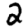
Digit: 2